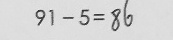
9 1 - 5 = 8 6